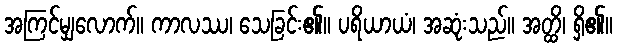
အကြင်မျှလောက်။ ကာလဿ၊ သေခြင်း၏။ ပရိယာယံ၊ အဆုံးသည်။ အတ္ထိ၊ ရှိ၏။